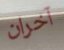
آخران